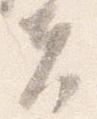
夫